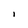
Character: I